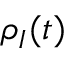
\rho _ { I } ( t )